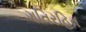
ગતિરહિત